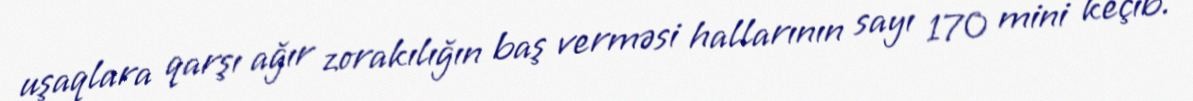
uşaqlara qarşı ağır zorakılığın baş verməsi hallarının sayı 170 mini keçib.